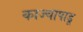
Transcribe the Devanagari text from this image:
काज्चापाडू